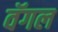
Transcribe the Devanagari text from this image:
वॅगल